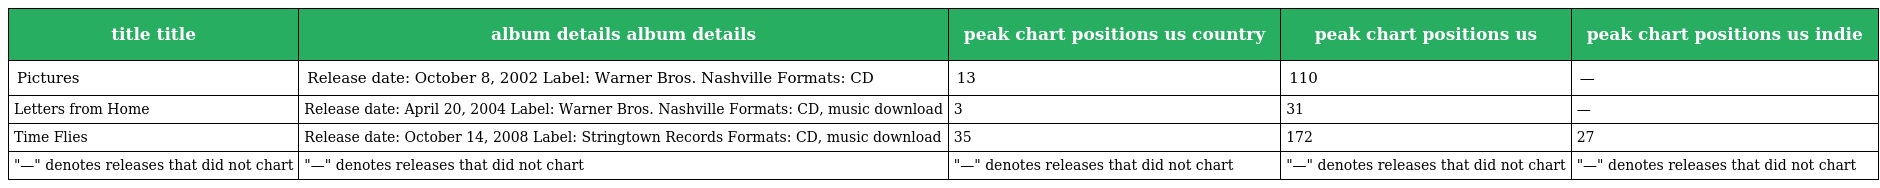
| title title | album details album details | peak chart positions us country | peak chart positions us | peak chart positions us indie |
 | --- | --- | --- | --- | --- |
 | Pictures | Release date: October 8, 2002 Label: Warner Bros. Nashville Formats: CD | 13 | 110 | — |
 | Letters from Home | Release date: April 20, 2004 Label: Warner Bros. Nashville Formats: CD, music download | 3 | 31 | — |
 | Time Flies | Release date: October 14, 2008 Label: Stringtown Records Formats: CD, music download | 35 | 172 | 27 |
 | "—" denotes releases that did not chart | "—" denotes releases that did not chart | "—" denotes releases that did not chart | "—" denotes releases that did not chart | "—" denotes releases that did not chart |